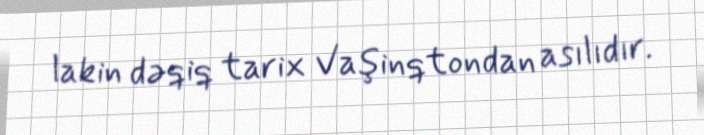
lakin dəqiq tarix Vaşinqtondan asılıdır.